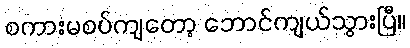
စကားမစပ်ကျတော့ ဘောင်ကျယ်သွားပြီ။